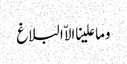
وما علینا الاّ البلاغ